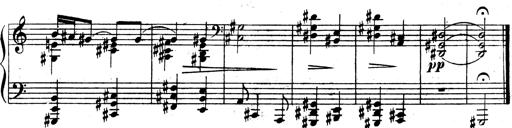
Title: 3 Sonatinas for Piano
Composer: Vissarion Shebalin